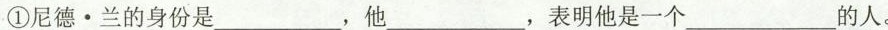
①尼德·兰的身份是___，他___，表明他是一个___的人。